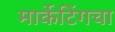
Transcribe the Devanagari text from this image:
मार्केटिंगचा